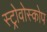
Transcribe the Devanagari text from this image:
स्ट्रोवोस्कोप